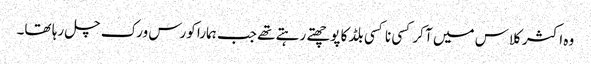
وہ اکثر کلاس میں آ کر کسی نا کسی بلڈ کا پوچھتے رہتے تھے جب ہمارا کورس ورک چل رہا تھا۔